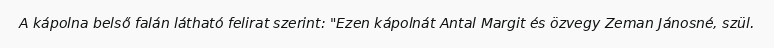
A kápolna belső falán látható felirat szerint: "Ezen kápolnát Antal Margit és özvegy Zeman Jánosné, szül.